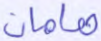
هامان